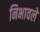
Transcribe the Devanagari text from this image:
निभावलें